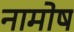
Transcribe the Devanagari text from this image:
नामोष